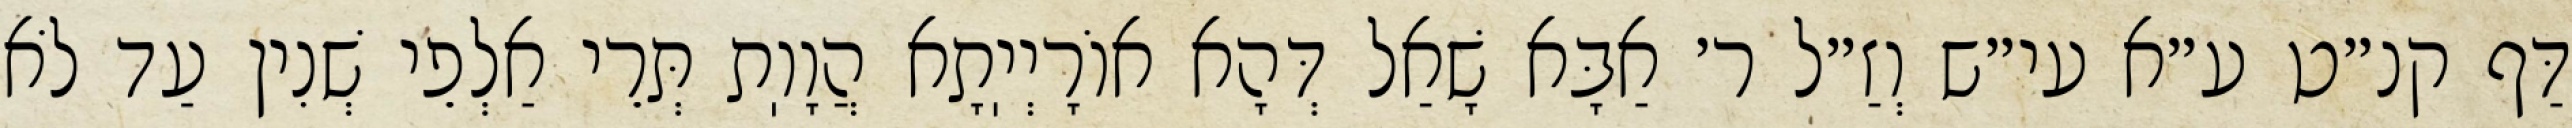
דַּף קנ״ט ע״א עי״ש וְזַ״ל ר׳ אַבָּא שָׁאַל דְּהָא אוֹרָיְיֽתָא הֲוָוֽת תְּרֵי אַלְפֵי שְׁנִין עַד לֹא